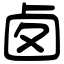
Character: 𠧧